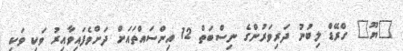
"ޔޫ" ގްރޭޑް ލިބުނު ދަރިވަރުންގެ ނިސްބަތް 12 އިންސައްތައަށް ދަށްވެފައިވާއިރު ވަކި ވަކި